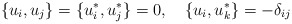
\begin{align*}\{u_i,u_j\}=\{u_{i}^{*},u_{j}^{*}\}=0,~~~\{u_i,u_{k}^{*}\}=-\delta_{ij}\end{align*}